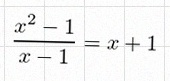
\frac{x^2-1}{x-1}=x+1